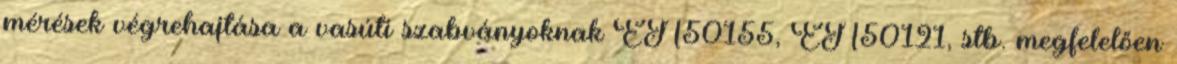
mérések végrehajtása a vasúti szabványoknak EN50155, EN50121, stb. megfelelően